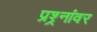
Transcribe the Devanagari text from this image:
प्रश्र्नांवर